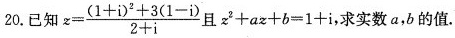
20.已知$$z= \frac{(1+i)^{2}+3(1-i)}{2+i}$$且$$z^{2}+az+b=1+i$$,求实数a,b的值.